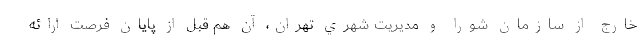
خارج از سازمان شورا و مديريت شهري تهران، آن هم قبل از پايان فرصت ارائه